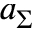
a _ { \Sigma }